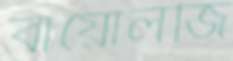
বায়োলজি